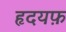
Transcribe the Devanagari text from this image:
हृदयफ़